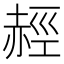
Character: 䞓